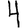
Digit: 4